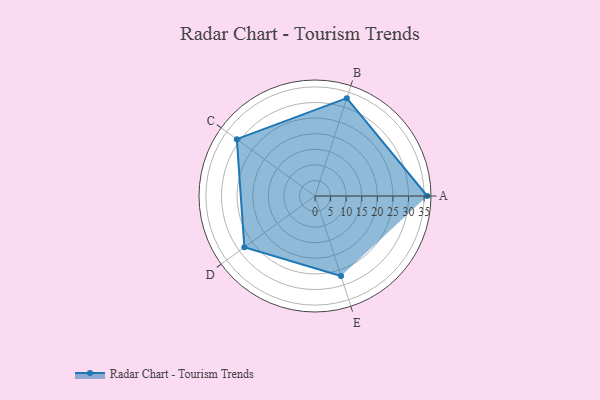
{"axis": {"x": "Skill", "y": "Score"}, "legend": ["Profile"], "data": [{"x": "A", "y": 36.0, "type": "Profile"}, {"x": "B", "y": 33.0, "type": "Profile"}, {"x": "C", "y": 31.0, "type": "Profile"}, {"x": "D", "y": 28.0, "type": "Profile"}, {"x": "E", "y": 27.0, "type": "Profile"}]}